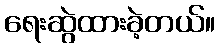
ရေးဆွဲထားခဲ့တယ်။